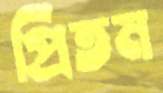
প্রিতম